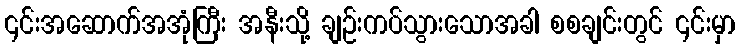
၎င်းအဆောက်အအုံကြီး အနီးသို့ ချဉ်းကပ်သွားသောအခါ စစချင်းတွင် ၎င်းမှာ